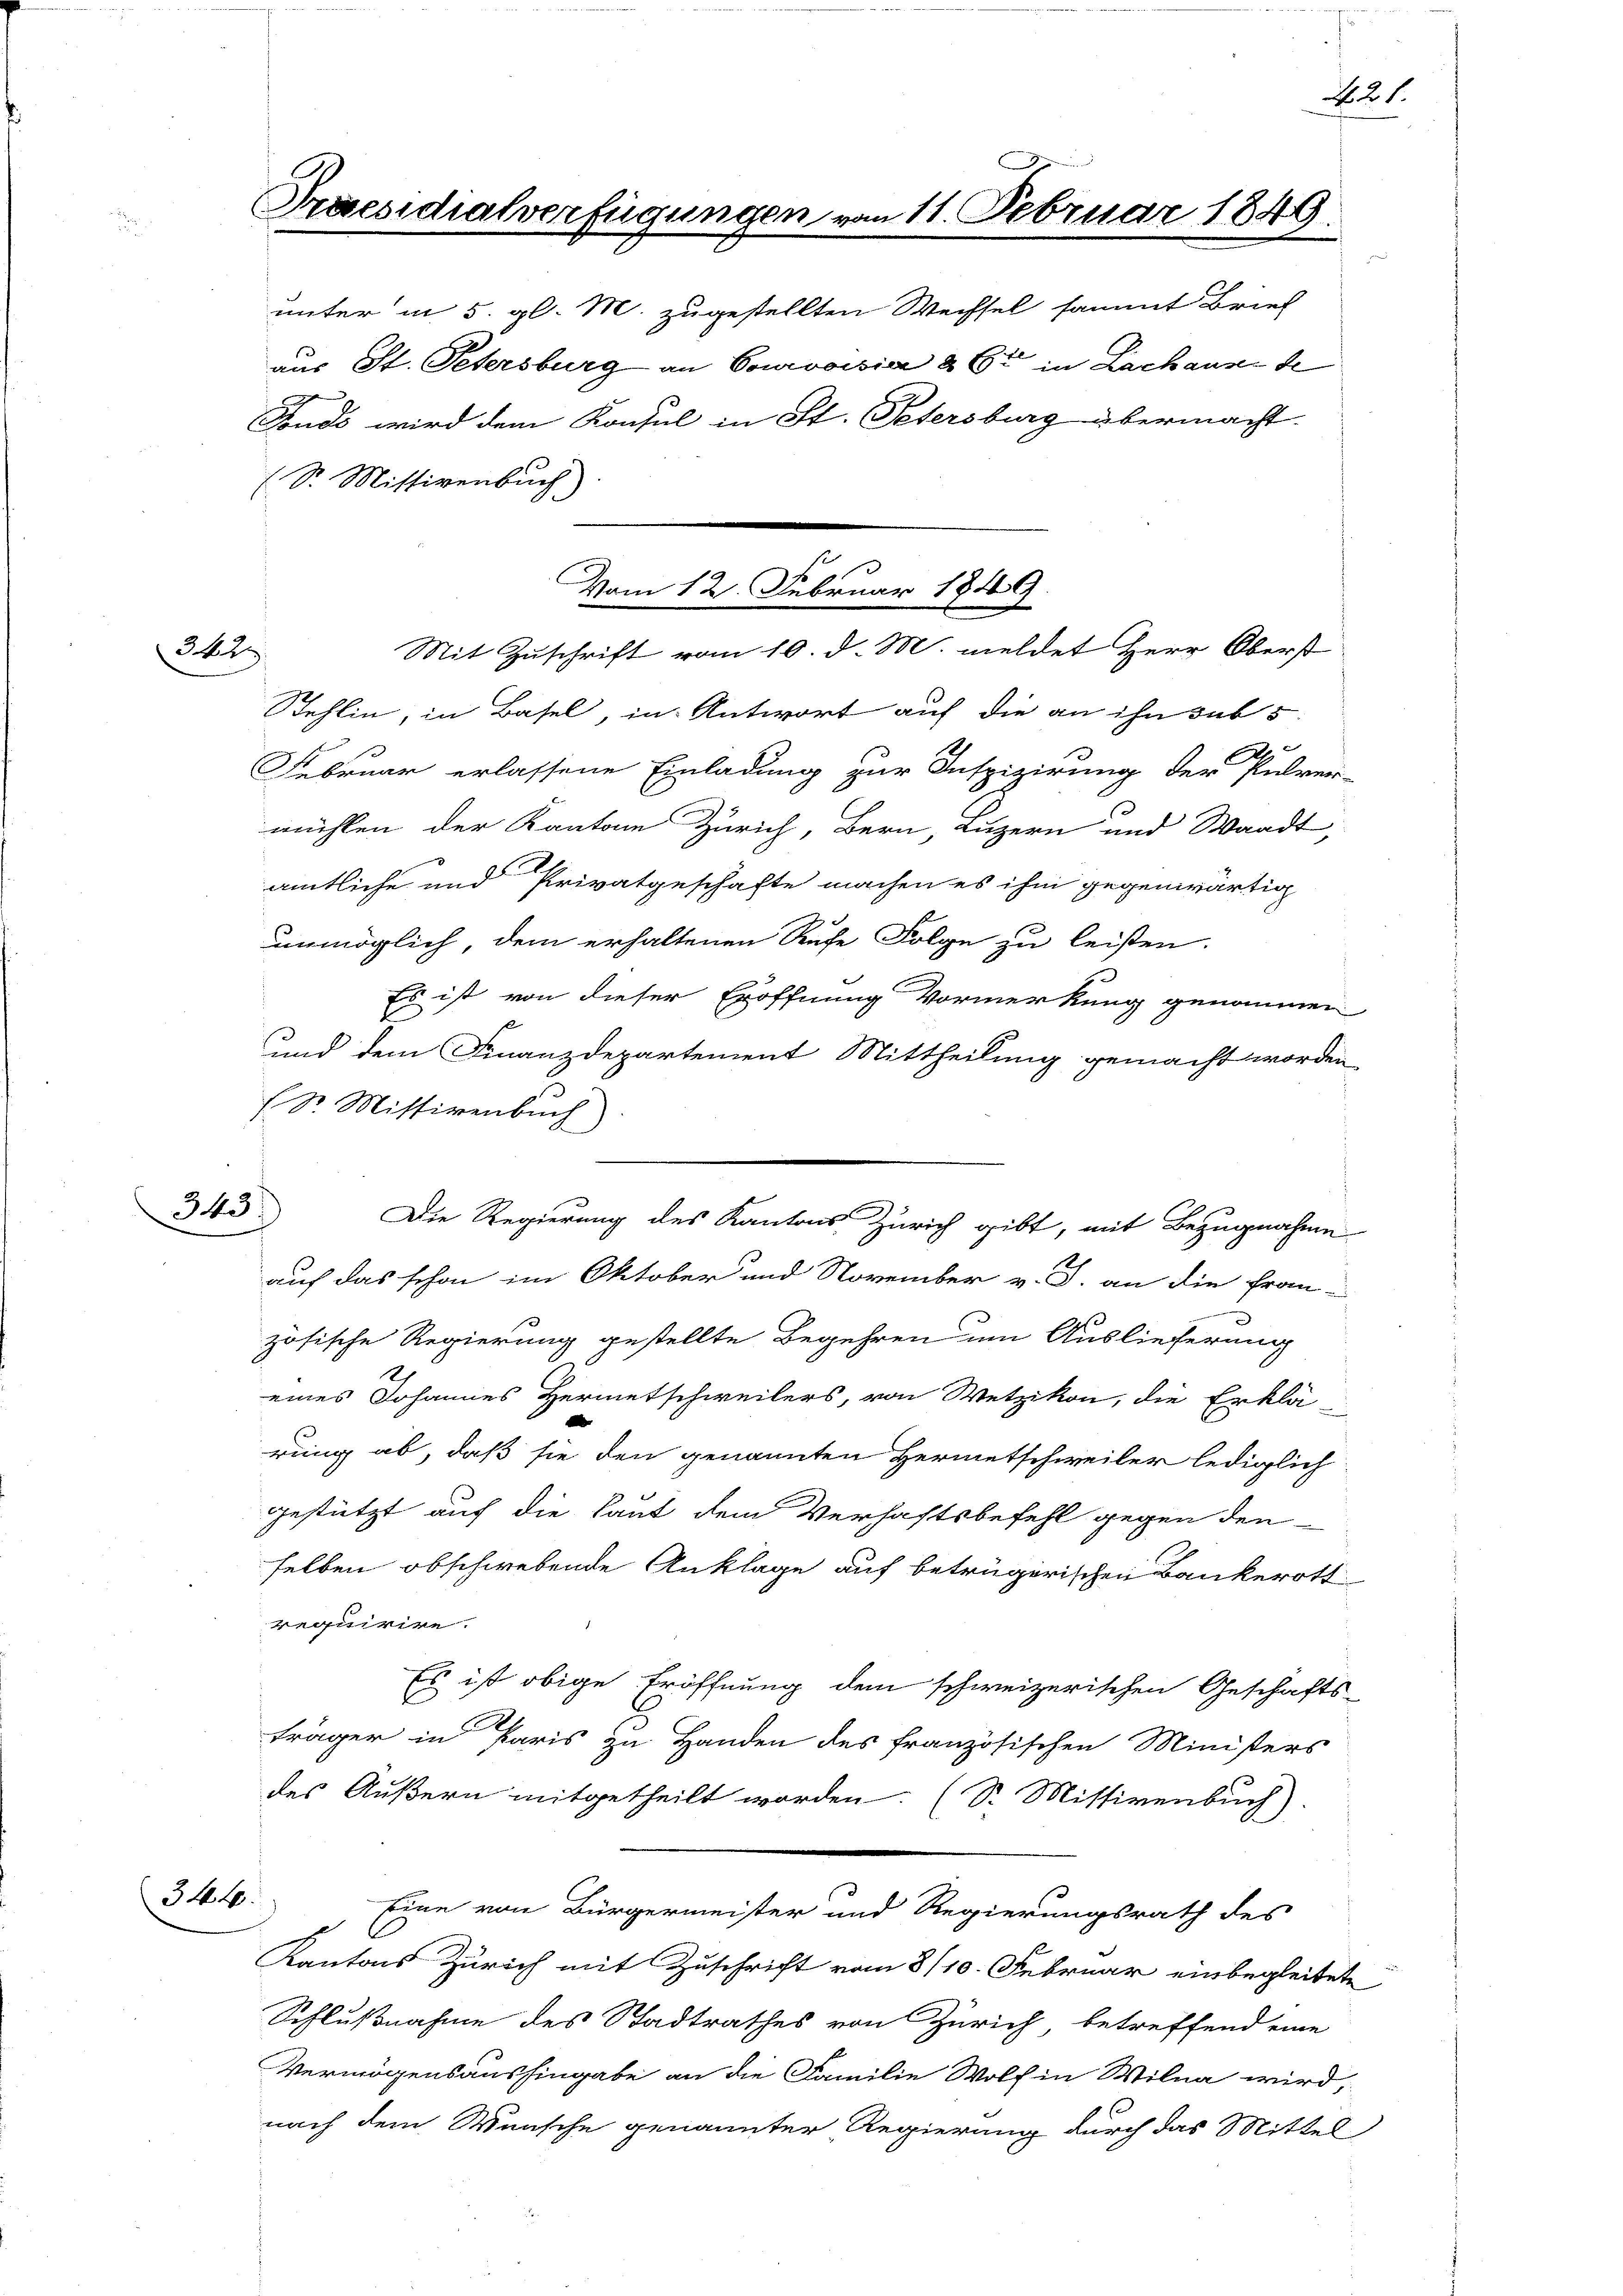
342

345)

Praesidialverfügungen vom 11. Februar

unter in 5. gl. M. zugestellten Wechsel sammt Brief
aus St. Petersburg an Courvoisia & Er in Lachause de
2
Fonds wird dem Konsul in St. Petersburg übermacht.
(Sr. Missivenbuch
Stehlin, in Basel, in Antwort auf die an ihn sub 5
2
Februar erlassene Einladung zur Inspizirung der Pulver-
mühlen der Kantone Zürich, Bern, Luzern und Waadt,
amtliche und Privatgeschäfte machen es ihm gegenwärtig
unmöglich, dem erhaltenen Rufe Folge zu leisten.
1
Es ist von dieser Eröffnung Vormerkung genommen
und dem Finanzdepartement Mittheilung gemacht worden
 Sr. Missivenbuch
auf das schon im Oktober und November v. J. an die Frau
zösische Regierung gestellte Begehren um Auslieferung
eines Johannes Hermetschweilers, von Wetzikon, die Erklä-
d
rung ab, daß sie den genannten Hermetschweiler lediglich
gestützt auf die Laut dem Verhaftsbefehl gegen den
selben obschwebende Anklage auf betrügerischen Bankerott
requirire.
Es ist obige Eröffnung dem schweizerischen Geschäfts-
träger in Paris zu Handen des französischen Ministers
des Äußern mitgetheilt worden. (S. Missivenbuch)
344.
Eine von Bürgermeister und Regierungsrath des
Kantons Zürich mit Zuschrift vom 8/10. Februar einbegleitete
Schlußnahme des Stadtrathes von Zürich betreffend eine
Vermögensaushingabe an die Familie Wolf in Wilna wird,
nach dem Wunsche genannter Regierung durch das Mittel

Vom 12. Februar 1849.
Mit Zuschrift vom 10. d. M. meldet Herr Oberst

Die Regierung des Kantons Zürich gibt, mit Bezugnahme

1849.

21.

.